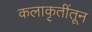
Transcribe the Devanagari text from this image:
कलाकृतींतून